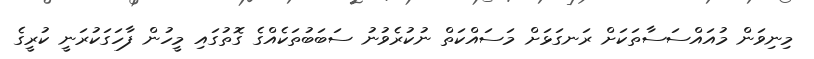
މިނިވަން މުއައްސަސާތަކަށް ރަނގަޅަށް މަސައްކަތް ނުކުރެވުނު ސަބަބުތަކެއްގެ ގޮތުގައި މީހުން ފާހަގަކުރަނީ ކުރީގެ